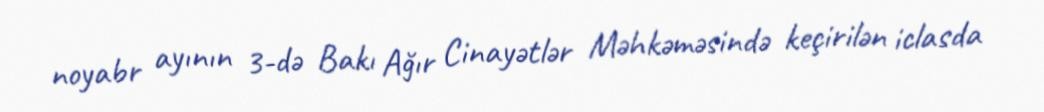
noyabr ayının 3-də Bakı Ağır Cinayətlər Məhkəməsində keçirilən iclasda